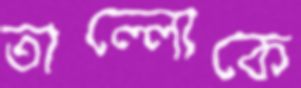
তাল্লোকে